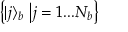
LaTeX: \left\{ | j \rangle _ { b } \right. \left| j = 1 . . . N _ { b } \right\}